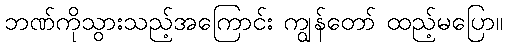
ဘဏ်ကိုသွားသည့်အကြောင်း ကျွန်တော် ထည့်မပြော။